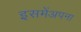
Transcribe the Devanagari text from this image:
इसमेंअपना